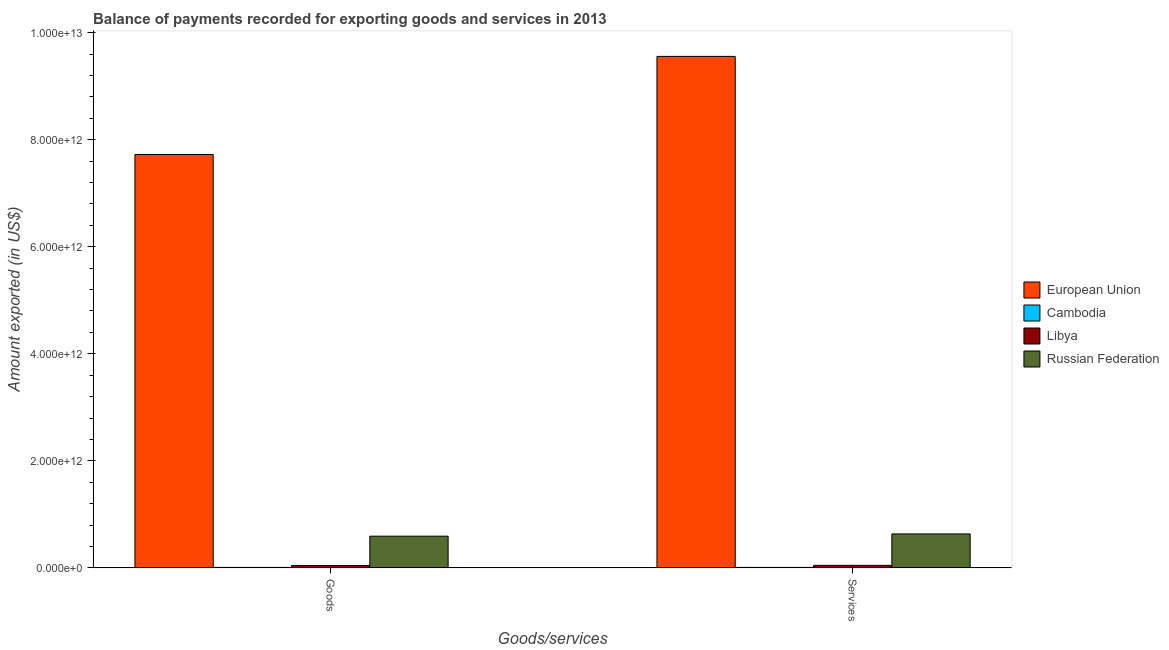
| Goods/services | European Union | Cambodia | Libya | Russian Federation |
 | --- | --- | --- | --- | --- |
 | Goods | 7.72e+12 | 1e+10 | 4.62e+10 | 5.93e+11 |
 | Services | 9.56e+12 | 1.01e+10 | 4.85e+10 | 6.36e+11 |